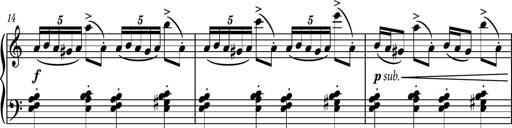
Title: Piano Sonatina No.3
Composer: Dimitri Sykias
Key: C major